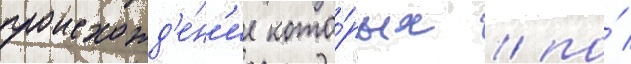
происхожд'е́н'ие кото́рых / по́